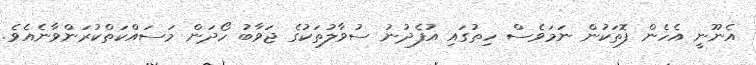
އެނޫނީ އެހެން ފޮތަކުން ނަމަވެސް ހިތުގައި އުފެދުނު ސުވާލުތަކުގެ ޖަވާބު ހޯދަން މަސައްކަތްކުރަންވާނެއެވެ.